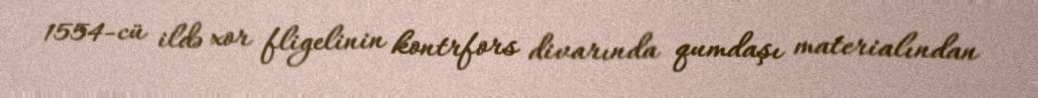
1554-cü ildə xor fligelinin kontrfors divarında qumdaşı materialından